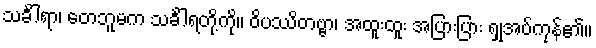
သင်္ခါရာ၊ တေဘူမက သင်္ခါရတို့ကို။ ဝိပဿိတဗ္ဗာ၊ အထူးထူး အပြားပြား ရှုအပ်ကုန်၏။